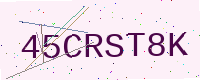
Text: 45CRST8K